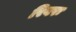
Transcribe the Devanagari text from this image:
रिवरः